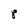
Character: 8